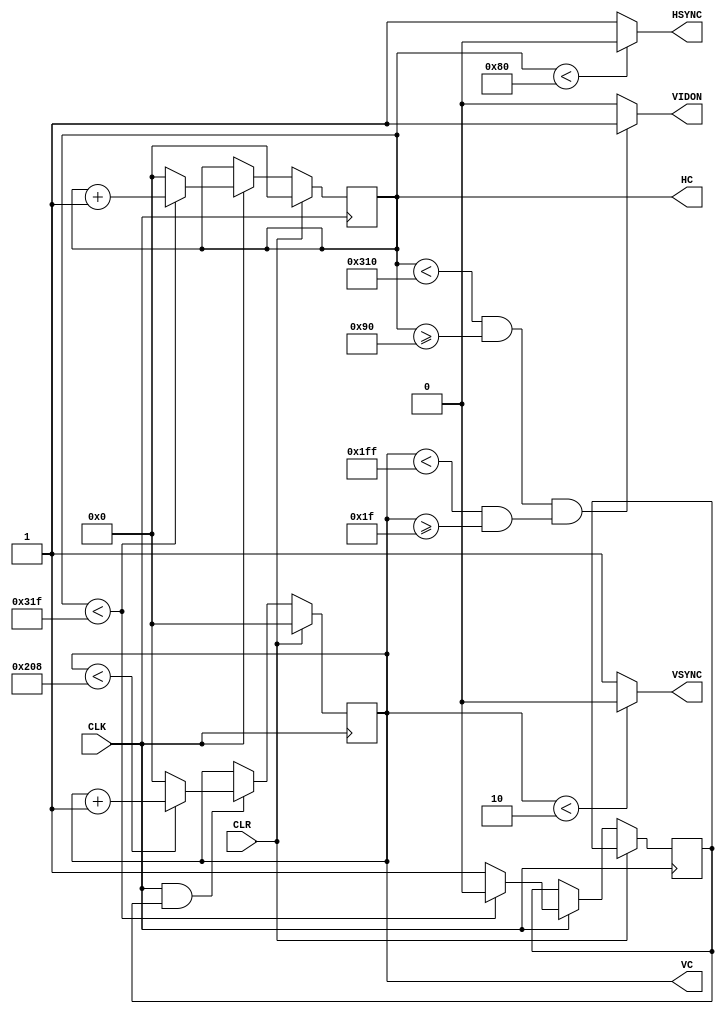
module vga640x480(
	CLK,
	CLR,
	HSYNC,
	VSYNC,
	HC,
	VC,
	VIDON
);

// |--------------------|
// | Port Declarations  |
// | -------------------|
input CLK;  // Clock
input CLR;  // Clear

output HSYNC; // Horizontal Sync
output VSYNC; // Vertical Sync

output [9:0] HC; // Horizontal Counter
output [9:0] VC; // Vertical Counter

output VIDON;    // When active, data may be displayed


// |------------------------|
// | Parameters (Constants) |
// | -----------------------|
localparam hpixels = 800 /*10'b1100100000*/, // Pixels in horizontal line = 800
		      vlines = 521 /*10'b1000001001*/, // Horizontal lines = 521
			      hbp = 144 /*10'b0010010000*/, // Horizontal Back Porch = 144 (128+16)
			      hfp = 784 /*10'b1100010000*/, // Horizontal Front Porch = 784 (128+16+640)
			   
			      vbp = 31  /*10'b0000011111*/, // Vertical Back Porch = 31 (2+29)
			      vfp = 511 /*10'b0111111111*/; // Vertical Front Porch = 511 (2+29+480)
			   
reg [9:0] HCS, VCS; // Horizontal and Vertical counters
reg VSenable;		  // Enable for Vertical counter


assign HC    = HCS;
assign VC    = VCS;
assign HSYNC = (HCS < 128) ? 1'b0 : 1'b1; // HS Pulse is low for HCS from 0-127
assign VSYNC = (VCS < 2)   ? 1'b0 : 1'b1; // VS Pulse is low for VCS from 0-1
assign VIDON = (((HCS < hfp) && (HCS >= hbp)) && ((VCS < vfp) && (VCS >= vbp))) ? 1'b1 : 1'b0;


// Counter for the horizontal sync signal
always @ (posedge CLK)
begin
	if(CLR == 1'b1)
		HCS <= 10'b0000000000;
	
	else if(CLK == 1'b1) 
	begin
		if(HCS < (hpixels - 1'b1) )
		begin
			HCS <= HCS + 1'b1;
			VSenable <= 1'b0;  // Leave VSenable off
		end
		else
		begin	
			// Counter reached end of the pixel count
			HCS <= 10'b0000000000; // Reset counter, then,
			VSenable <= 1'b1; 	  // Enable vertical counter
		end	
	end
end



// Counter for the vertical sync signal
always @ (posedge CLK)
begin
	if(CLR == 1'b1)
		VCS <= 10'b0000000000;
		
	else if(CLK == 1'b1 && VSenable == 1'b1)
	begin
		// Increment when enabled
		if( VCS < (vlines - 1'b1) )
		begin
			VCS <= VCS + 1'b1; // Increment vertical counter
		end
		else
		begin
			VCS <= 10'b0000000000; 
		end
	end
end

endmodule